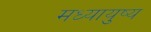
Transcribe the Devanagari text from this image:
मध्यायुष्य